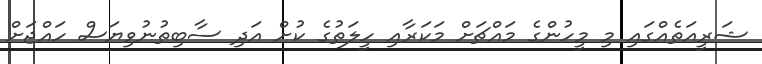
ޝަރީއަތެއްގައި މި މީހުންގެ މައްޗަށް މަކަރާއި ހީލަތުގެ ކުށް އަދި ސާބިތުނުވިޔަސް ހައްޖަށް